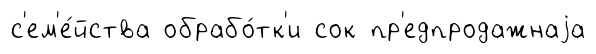
с'ем'е́йства обрабо́тк'и сок пр'едпродажнаjа